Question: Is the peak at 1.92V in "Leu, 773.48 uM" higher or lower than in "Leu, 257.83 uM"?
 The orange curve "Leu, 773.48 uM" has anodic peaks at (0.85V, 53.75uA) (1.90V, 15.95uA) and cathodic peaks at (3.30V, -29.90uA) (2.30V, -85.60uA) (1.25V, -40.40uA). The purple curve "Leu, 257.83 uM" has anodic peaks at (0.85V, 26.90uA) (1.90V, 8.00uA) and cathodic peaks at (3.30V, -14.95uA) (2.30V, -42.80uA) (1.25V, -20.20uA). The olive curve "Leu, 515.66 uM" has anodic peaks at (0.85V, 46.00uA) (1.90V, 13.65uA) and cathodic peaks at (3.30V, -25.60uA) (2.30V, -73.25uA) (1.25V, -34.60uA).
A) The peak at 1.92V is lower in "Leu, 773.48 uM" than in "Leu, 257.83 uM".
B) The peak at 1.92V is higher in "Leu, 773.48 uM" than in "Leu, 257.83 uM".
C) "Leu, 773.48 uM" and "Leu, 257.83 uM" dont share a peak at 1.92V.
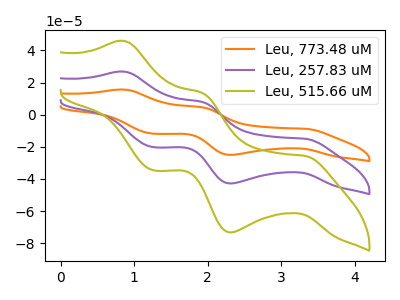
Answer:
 <answer>B) The peak at 1.92V is higher in "Leu, 773.48 uM" than in "Leu, 257.83 uM".</answer>
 <eval>B</eval>